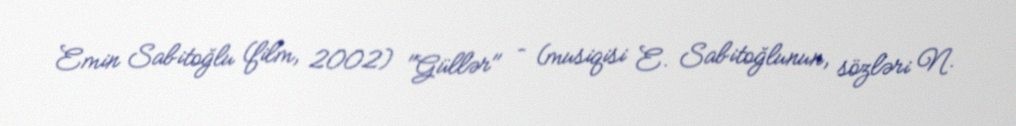
Emin Sabitoğlu (film, 2002) "Güllər" – (musiqisi E. Sabitoğlunun, sözləri N.